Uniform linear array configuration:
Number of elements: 8
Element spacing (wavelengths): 0.75
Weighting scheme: hann
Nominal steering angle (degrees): -60
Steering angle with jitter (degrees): -61.897
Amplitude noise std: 0.05
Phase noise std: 0.05

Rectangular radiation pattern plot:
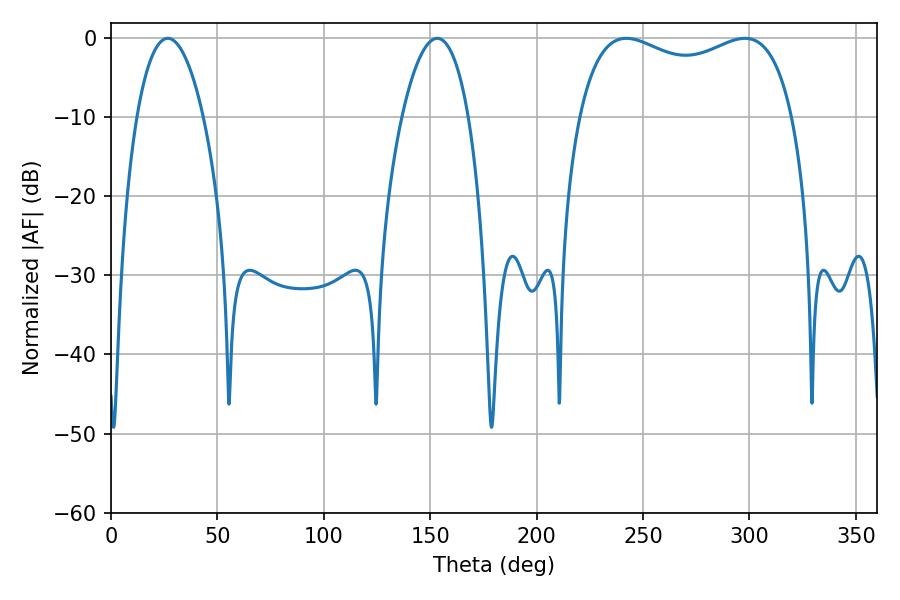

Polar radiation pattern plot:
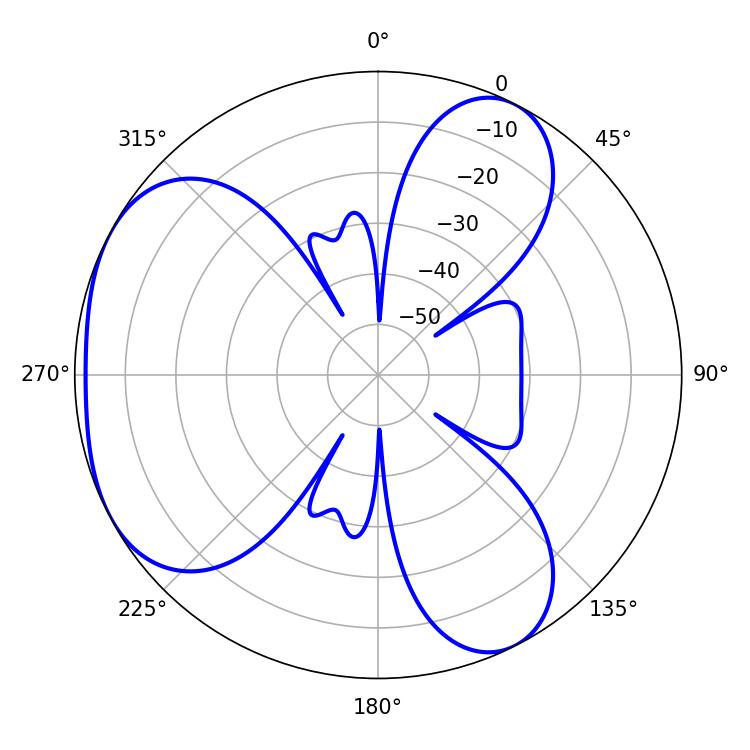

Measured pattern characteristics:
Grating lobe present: TRUE
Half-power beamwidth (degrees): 83.16
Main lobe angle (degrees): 242.1